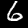
Label: 6